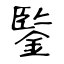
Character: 鍳